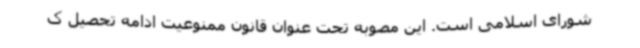
شورای اسلامی است. این مصوبه تحت عنوان قانون ممنوعیت ادامه تحصیل ک